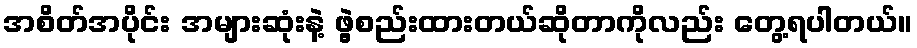
အစိတ်အပိုင်း အများဆုံးနဲ့ ဖွဲ့စည်းထားတယ်ဆိုတာကိုလည်း တွေ့ရပါတယ်။